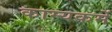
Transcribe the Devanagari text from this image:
काम्यकर्मे